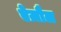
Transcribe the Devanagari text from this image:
ऐज़ौल